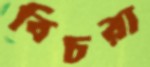
বিচরা